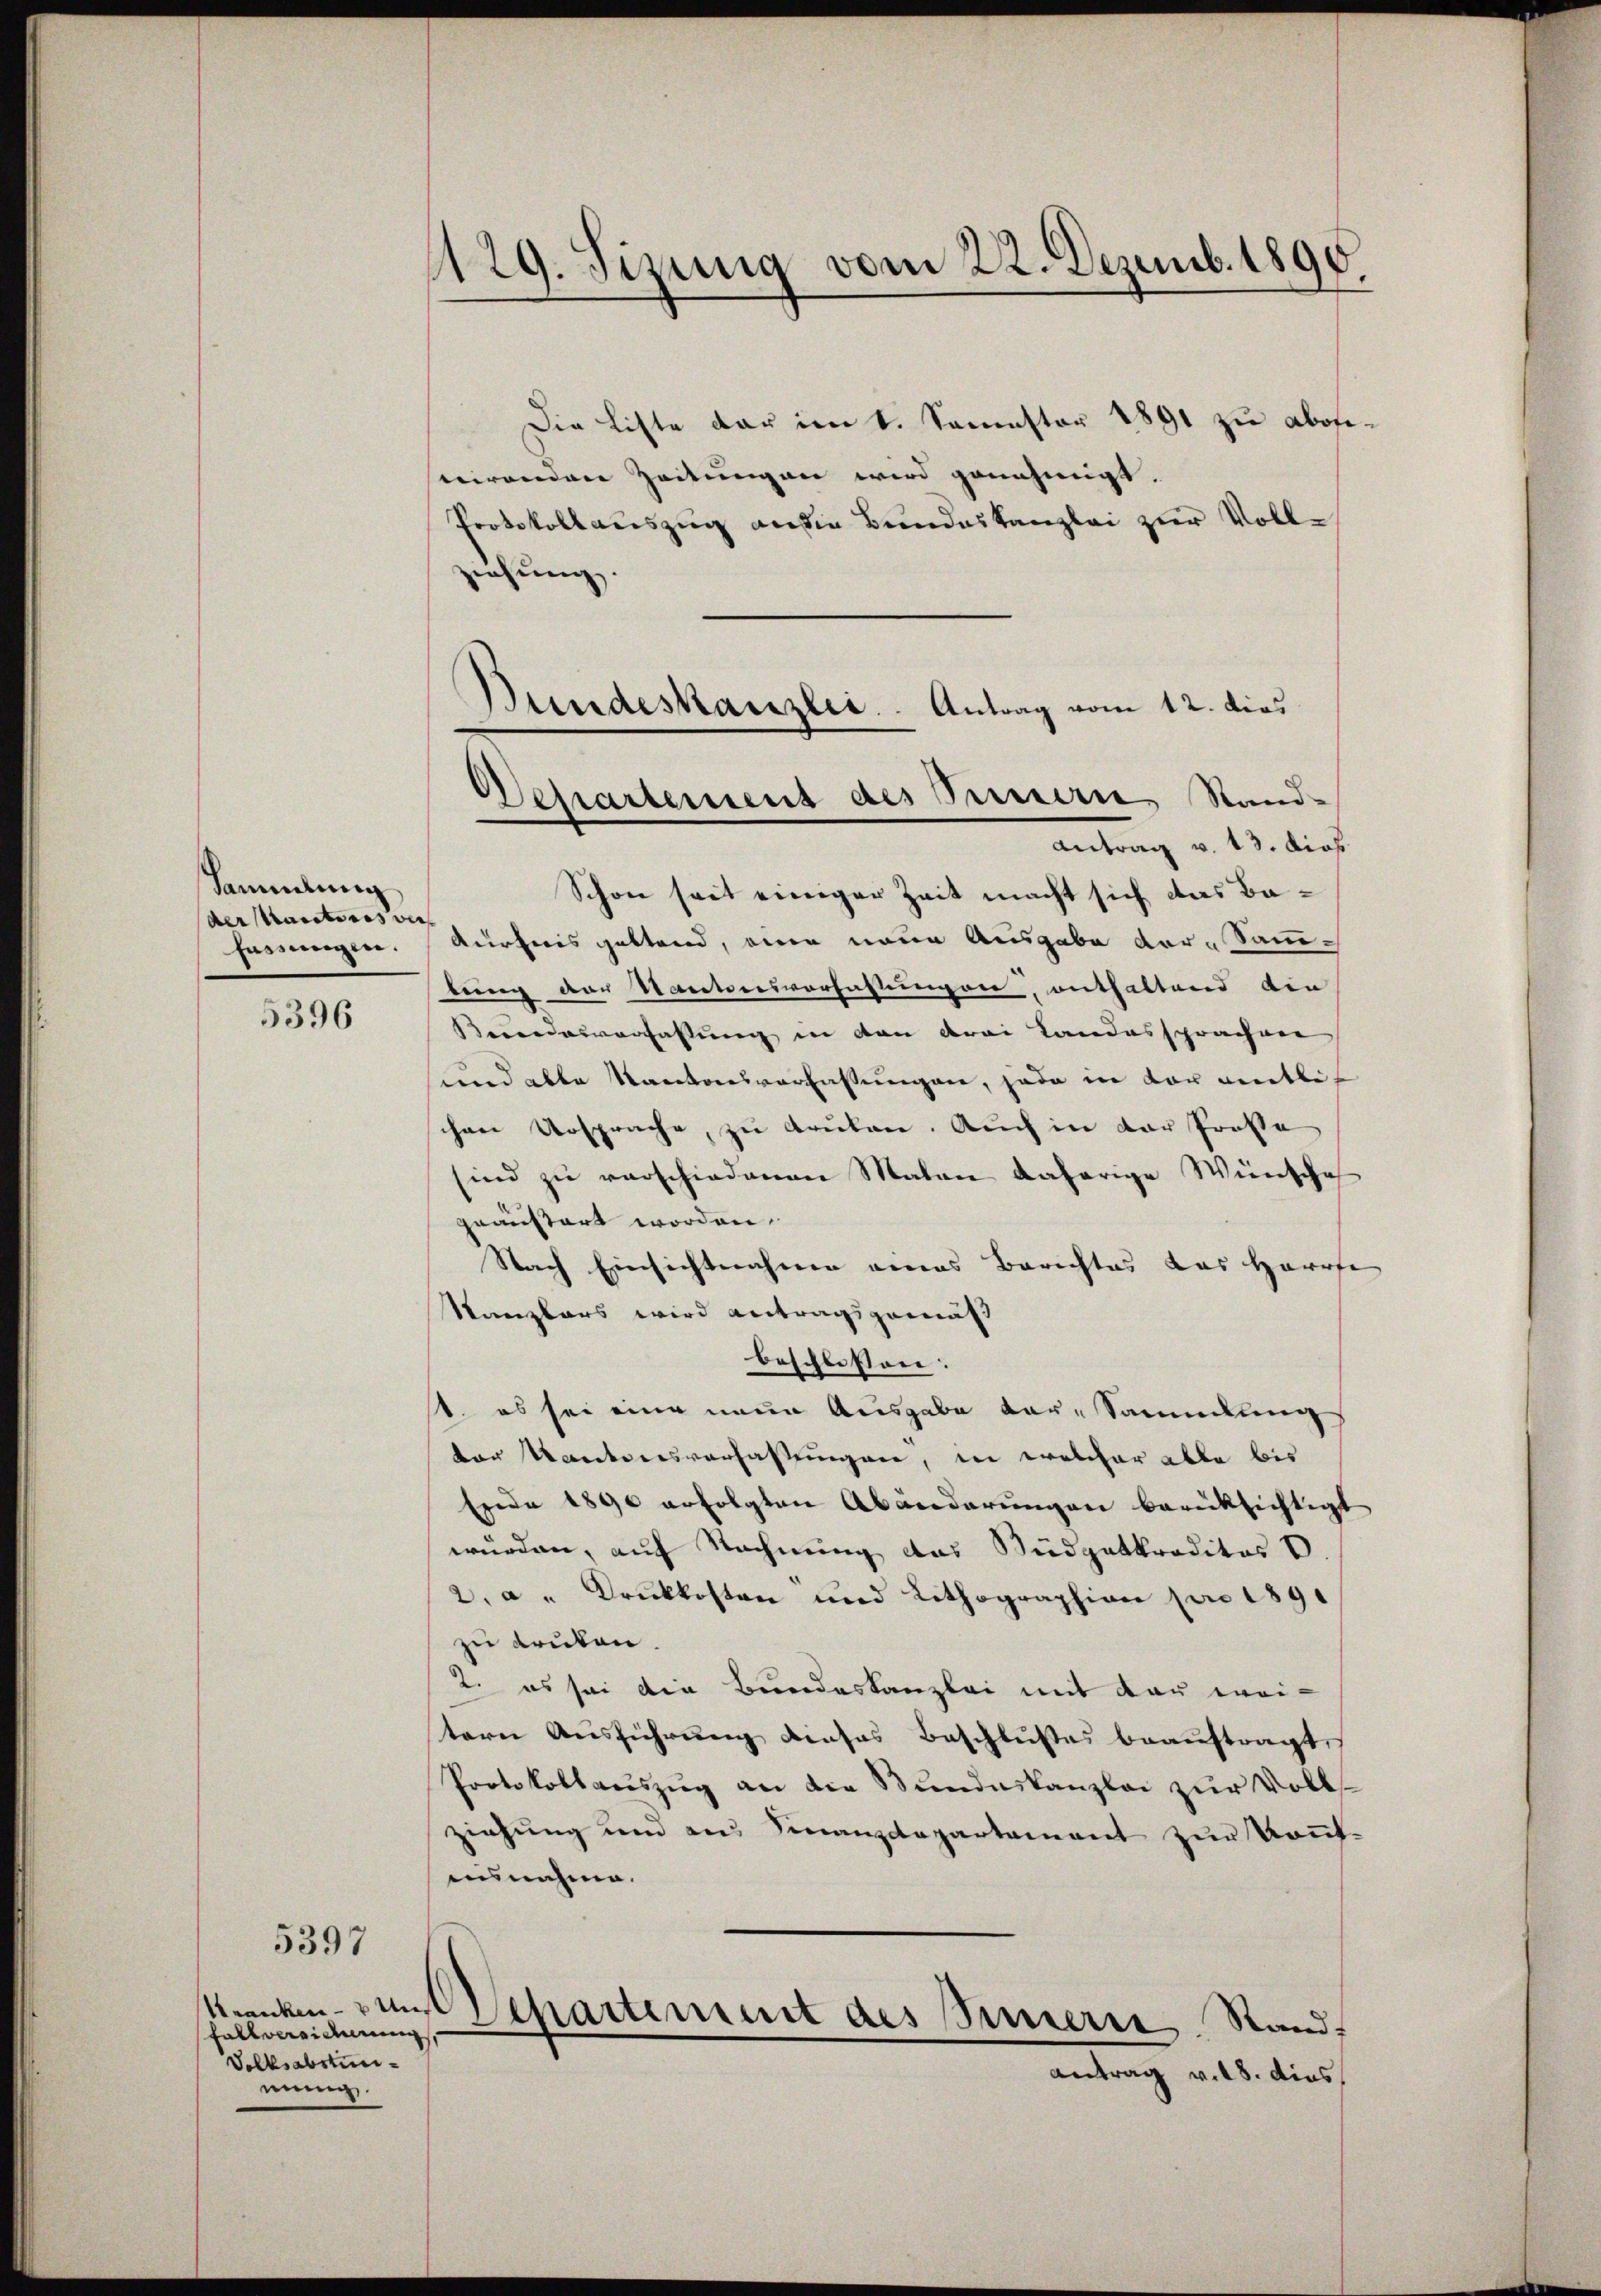
Sammlung
der Mautoris vers
fassungen.

5396

5397

Kranken muß
Fallerwiderung,
Volksabstunmung.

1129. Sizung vom 22. Dezemb. 1890

Die Liste dar im 1. Semester 1891 zu abosenirenden Zeitungen wird genehmigt.
Protokollauszug an die Bundeskanzlei zur Vollziehung.

Bundeskanzlei. Antrag vom 12. dies
Dessartement des Innern, Stand-

Antrag v. 13. dies
Schon seit einiger Zeit macht sich das Ba¬
Kurheris geltend, eine neue Ausgabe der Sammtung der Kantonsverfassungen, enthaltend die
Berordesverfassung in den drei Landossprachver
und alle Kantonsverfassungen, jede in dar amtlichen Ursprache, zu Gruben. Auch in der Prosse
ind zu verschiedenen Malen daherige Wünsche
graustert worden.
Nach Einsichtnahmen eines Berichtes das Herrfe
Sanzbars wird antragsgemäß
beschlossen:
1. es sei eine neue Ausgabe der Sammlungs
der Kantonsverfassungen, in welcher able bis
Erde 1890 erfolgten Abänderungen berücksichtigt
wurden, auf Rechnung das Südgetkreditor v.
a" Druckkosten und Lithographien pro 1891
zu drüken.
2. es sei die Bundeskanzlei mit der wei-
tern Ausführung dieses Beschlußes beauftragt
Protokollaŭszŭg an die Bŭndeskanzlei zŭr Volls-
ziehung und aus Finanzdepartement zur Kont-
ausnahme.
Departement des Innerer Stand
Antrag v. 18. dies